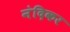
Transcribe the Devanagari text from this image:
नंदिकर